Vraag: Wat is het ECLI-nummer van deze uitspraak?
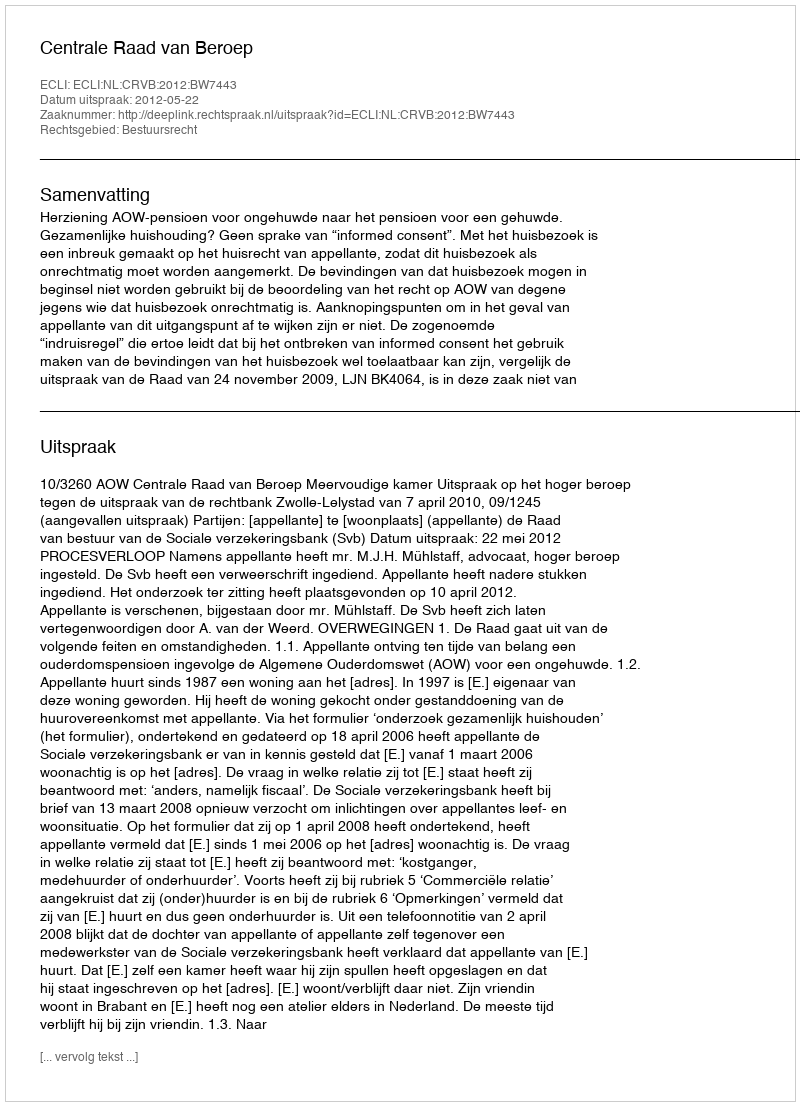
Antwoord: ECLI:NL:CRVB:2012:BW7443